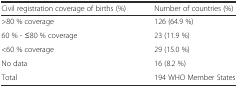
| Civil registration coverage of births (%) | Number of countries (%) |
 | --- | --- |
 | >80 % coverage | 126 (64.9 %) |
 | 60 % - ≤80 % coverage | 23 (11.9 %) |
 | <60 % coverage | 29 (15.0 %) |
 | No data | 16 (8.2 %) |
 | Total | 194 WHO Member States |